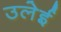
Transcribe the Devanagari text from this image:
उलेई